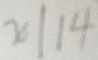
x \vert 1 4